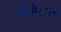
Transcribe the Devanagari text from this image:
मन्दिरमें